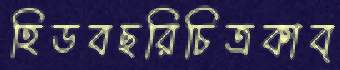
হিডবছরিচিত্রকাব্